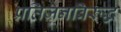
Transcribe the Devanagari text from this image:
प्रतिजनविरुद्ध